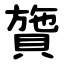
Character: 䞄